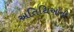
અતિથિઓની